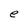
Character: e